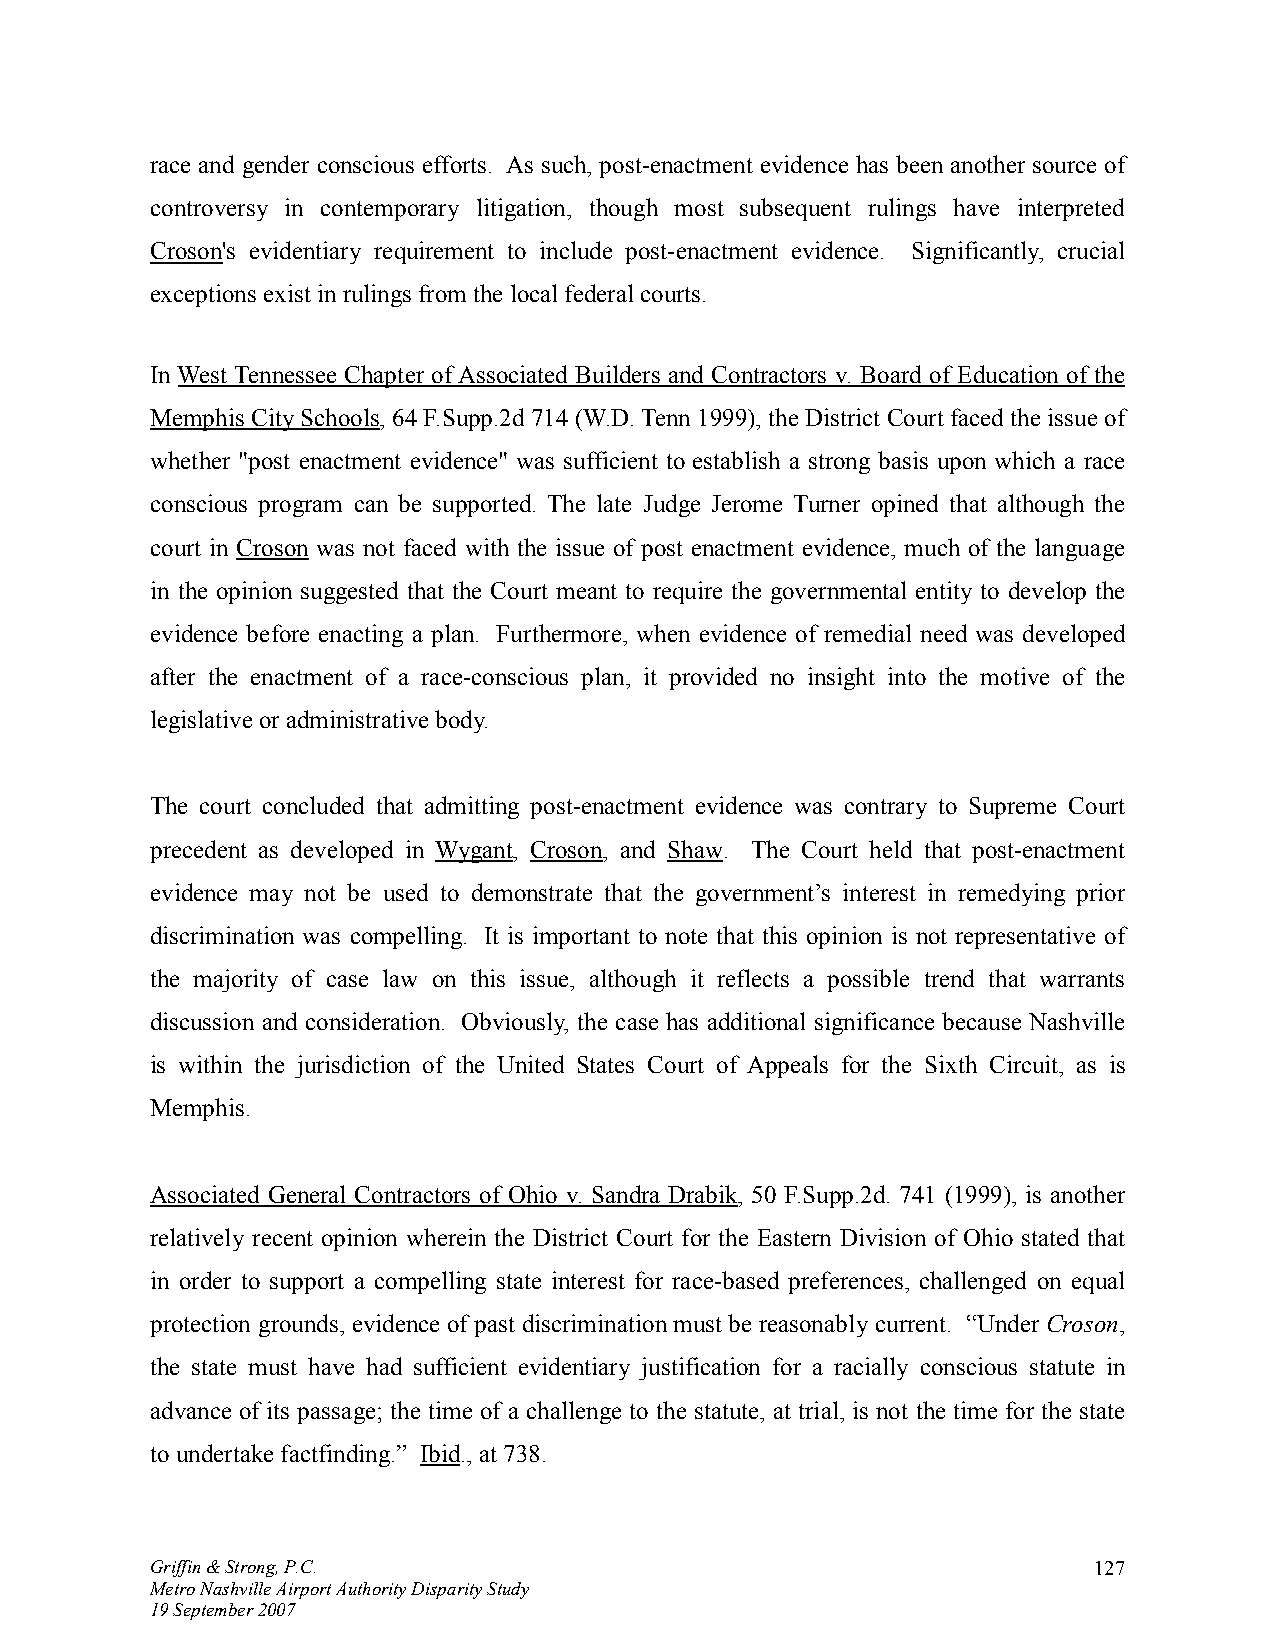
race and gender conscious efforts. As such, post-enactment evidence has been another source of
 controversy in contemporary litigation, though most subsequent rulings have interpreted
 Croson's evidentiary requirement to include post-enactment evidence. Significantly, crucial
 exceptions exist in rulings from the local federal courts.
 In West Tennessee Chapter of Associated Builders and Contractors v. Board of Education of the
 Memphis City Schools, 64 F.Supp.2d 714 (W.D. Tenn 1999), the District Court faced the issue of
 whether "post enactment evidence" was sufficient to establish a strong basis upon which a race
 conscious program can be supported. The late Judge Jerome Turner opined that although the
 court in Croson was not faced with the issue of post enactment evidence, much of the language
 in the opinion suggested that the Court meant to require the governmental entity to develop the
 evidence before enacting a plan. Furthermore, when evidence of remedial need was developed
 after the enactment of a race-conscious plan, it provided no insight into the motive of the
 legislative or administrative body.
 The court concluded that admitting post-enactment evidence was contrary to Supreme Court
 precedent as developed in Wygant, Croson, and Shaw. The Court held that post-enactment
 evidence may not be used to demonstrate that the government’s interest in remedying prior
 discrimination was compelling. It is important to note that this opinion is not representative of
 the majority of case law on this issue, although it reflects a possible trend that warrants
 discussion and consideration. Obviously, the case has additional significance because Nashville
 is within the jurisdiction of the United States Court of Appeals for the Sixth Circuit, as is
 Memphis.
 Associated General Contractors of Ohio v. Sandra Drabik, 50 F.Supp.2d. 741 (1999), is another
 relatively recent opinion wherein the District Court for the Eastern Division of Ohio stated that
 in order to support a compelling state interest for race-based preferences, challenged on equal
 protection grounds, evidence of past discrimination must be reasonably current. “Under Croson,
 the state must have had sufficient evidentiary justification for a racially conscious statute in
 advance of its passage; the time of a challenge to the statute, at trial, is not the time for the state
 to undertake factfinding.” Ibid., at 738.
 Griffin & Strong, P.C.                                        127
 Metro Nashville Airport Authority Disparity Study
 19 September 2007